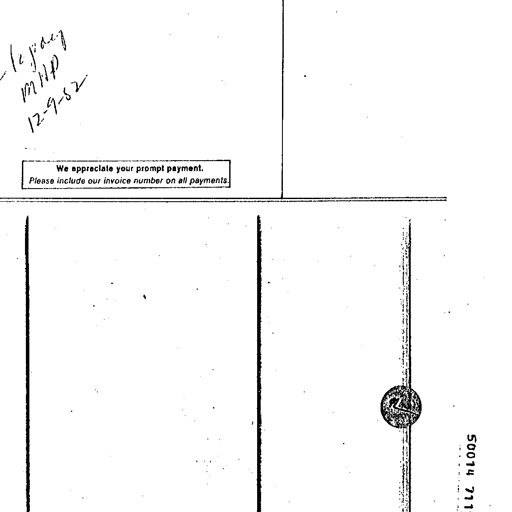
to pay
MHP
12-9-82
We appreciate your prompt payment.
Please include our invoice number on all payments.
50014 711